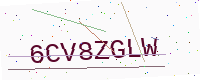
Text: 6CV8ZGLW